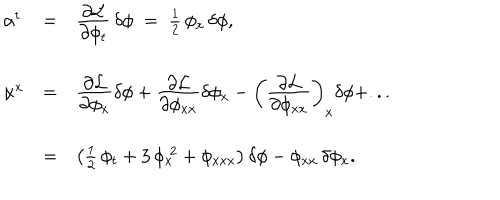
\begin{array} { l l l } { { \alpha ^ { t } } } & { { = } } & { { \frac { \textstyle { \partial { \cal L } } } { \textstyle { \partial \phi _ { t } } } \, \delta \phi \; = \; \frac { 1 } { 2 } \, \phi _ { x } \, \delta \phi , } } \\ { { \alpha ^ { x } } } & { { = } } & { { \frac { \textstyle { \partial { \cal L } } } { \textstyle { \partial \phi _ { x } } } \delta \phi + \frac { \textstyle { \partial { \cal L } } } { \textstyle { \partial \phi _ { x x } } } \delta \phi _ { x } - \left( \frac { \textstyle { \partial { \cal L } } } { \textstyle { \partial \phi _ { x x } } } \right) _ { x } \delta \phi + . . . \nonumber } } \\ { { } } & { { = } } & { { \left( \frac { 1 } { 2 } \, \phi _ { t } + 3 \, \phi _ { x } ^ { \; 2 } + \phi _ { x x x } \right) \delta \phi - \phi _ { x x } \, \delta \phi _ { x } . } } \\ \end{array}